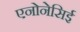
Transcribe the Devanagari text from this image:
एनोनेसिई